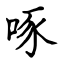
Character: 啄